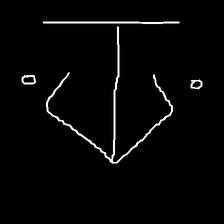
Glyph: earth